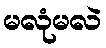
မလုံမလဲ